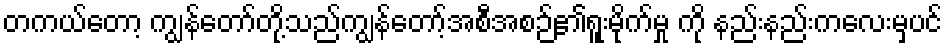
တကယ်တော့ ကျွန်တော်တို့သည်ကျွန်တော့်အစီအစဉ်၏ရူးမိုက်မှု ကို နည်းနည်းကလေးမှပင်